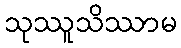
သုဿူသိဿာမ